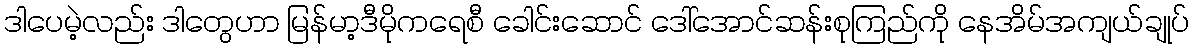
ဒါပေမဲ့လည်း ဒါတွေဟာ မြန်မာ့ဒီမိုကရေစီ ခေါင်းဆောင် ဒေါ်အောင်ဆန်းစုကြည်ကို နေအိမ်အကျယ်ချုပ်